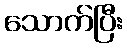
သောက်ပြီး